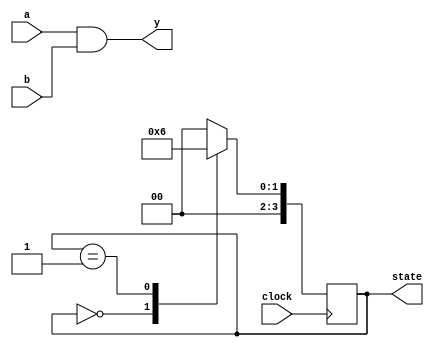
module example (
    input wire a,
    input wire b,
    input wire clock,
    output reg y,
    output reg [3:0] state
);

// Combinational Logic Example
always @* begin
    // Simple 2-input AND gate
    y = a & b; // Output y is the AND of inputs a and b
end

// Sequential Logic Example
always @(posedge clock) begin
    // Simple state machine
    case (state)
        4'b0000: state <= 4'b0001; // Transition from state 0 to 1
        4'b0001: state <= 4'b0010; // Transition from state 1 to 2
        4'b0010: state <= 4'b0000; // Transition back to state 0
        default: state <= 4'b0000;  // Default case to reset to state 0
    endcase
end

endmodule